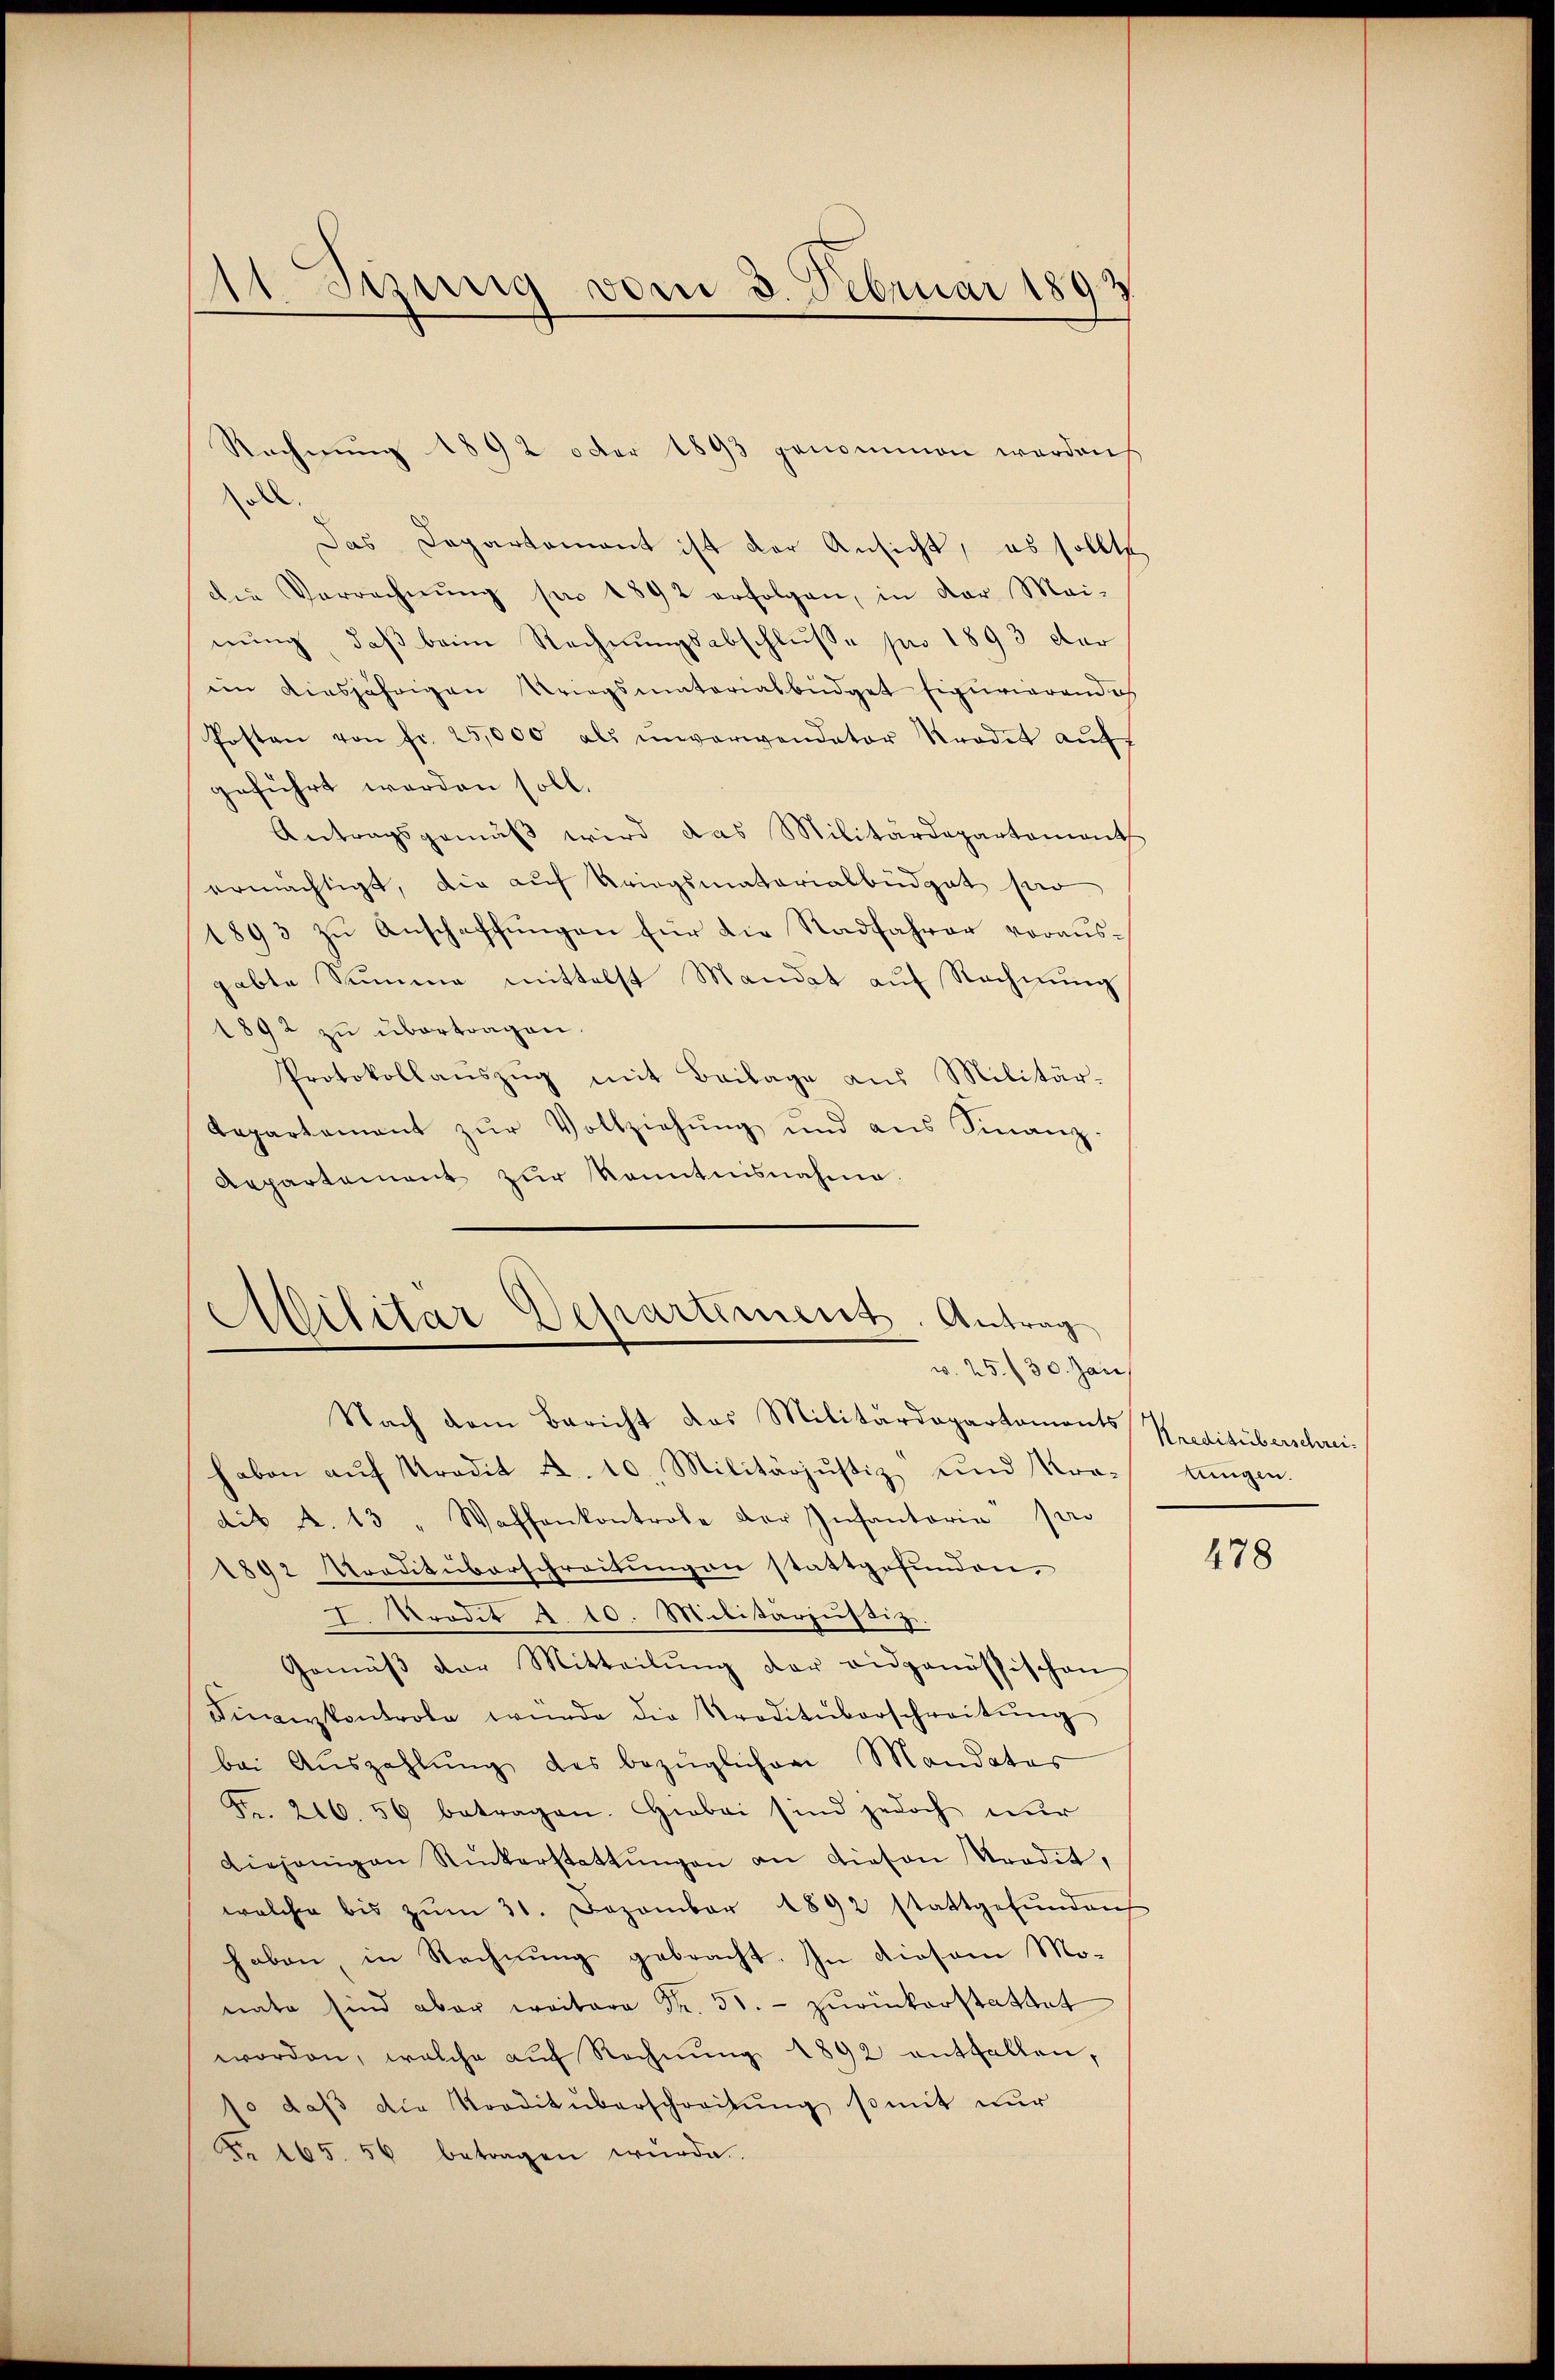
11 Stung vom 3. Februar 1892

Rechnŭng 1892 oder 1893 genommen worden
Das Departement ist der Ansicht, es sollte
die Verrechnŭng pro 1892 erfolgen, in der Mai-
nŭng, daβ beim Rechnŭngsabschlusse pro 1893 der
em diesjährigen Kriegsmaterialbüdget figurierendes
Posten von fr. 25,000 als ŭnverwendeter Krodet aŭf
geführt werden soll.
Antragsgemäß wird das Militärdepartementh
ermächtigt, die auf Kriegsmatorialbüdget po
1893 zu Anschaffungen für die Radfahrer vorausgabte Summe mittelst Mandat auf Rechnung
1892 zu übertragen.
Protokollaŭszŭg mit Beilage aus Militär-
Repartement zŭr Vollziehŭng und ans Finanz-
Aepartement zŭr Kenntnisnahme.

Militar Departiment. Antrag
w. 25./30. Jan

Nach dem Bericht das Militärdepartamonts Kreditüberschrei-
haben aŭf radit u. 10. Militärjŭstiz und Kro¬ tŭngen.
dit A. 13 " Waffenkontrole der Infantoria par
1892 Traditüberschreitungen stattgefunden,
I. Prodit d. 10. Militarjustiz.
Gemäβ der Mitteilŭng der eidgenössischen
Fiaerkontrole würde die Traditüberschreitŭng
bei Aŭszahlŭng des bezüglichen Mandatas
Fr. 216. 56 betragen. Hiebei sind jedoch nŭr
Diejenigen Rückerstattŭngen an diesen Tradit,
welche bis zŭm 31. Dezember 1892 stattgefŭndenh
haben in Rechnung gebracht. In diesem Mo¬
.
worden, welche auf Rechnŭng 1892 entfallen,
so daβ die Kreditüberschreitŭng somit nur
Nr. 265. 56 betragen würde.

478